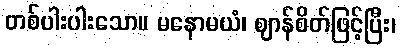
တစ်ပါးပါးသော။ မနောမယံ၊ ဈာန်စိတ်ဖြင့်ပြီး၊